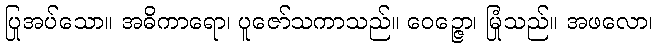
ပြုအပ်သော။ အဓိကာရော၊ ပူဇော်သကာသည်။ ဝေဉ္ဇော၊ မြုံသည်။ အဖလော၊